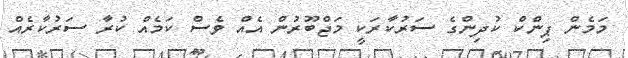
މަމެން ޕިންކް ކުދިންގެ ސަރުކާރަކީ މަޖްބޫރުން އެއް ވެސް ކަމެއް ކުރާ ސަރުކާރެއް